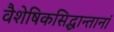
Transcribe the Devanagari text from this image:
वैशेषिकसिद्धान्तानां